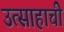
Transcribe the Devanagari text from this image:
उत्साहाची